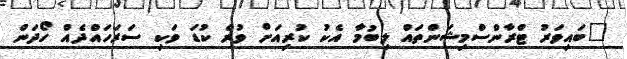
"ބައިވަރު ޓްރާންސްމިޝަންތައް ލިބުމާ އެކު ކުރިއަށް ވުރެ ކުޑަ ވަކި ސަރަހައްދެއް ހޯދަން